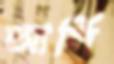
আর্লি